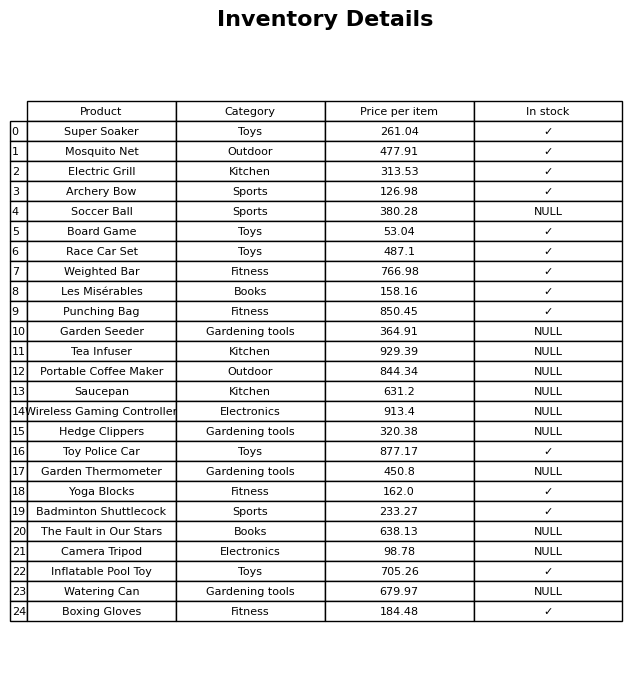
question: What is the price of the Punching Bag?
answer: The price of Punching Bag is 850.45.